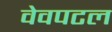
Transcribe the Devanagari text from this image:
वेवपटल